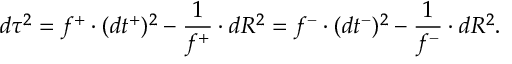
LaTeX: d \tau ^ { 2 } = f ^ { + } \cdot ( d t ^ { + } ) ^ { 2 } - \frac { 1 } { f ^ { + } } \cdot d R ^ { 2 } = f ^ { - } \cdot ( d t ^ { - } ) ^ { 2 } - \frac { 1 } { f ^ { - } } \cdot d R ^ { 2 } .